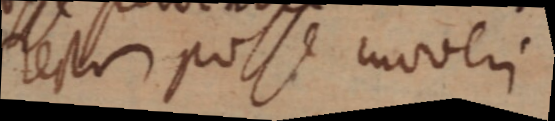
recti posse moveri